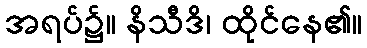
အရပ်၌။ နိသီဒိ၊ ထိုင်နေ၏။